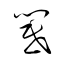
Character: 閽